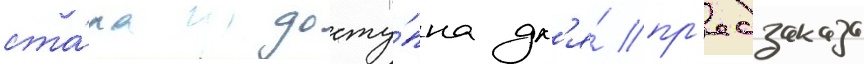
ста́ла досту́пна дл'я́ пр'едзаказа